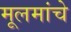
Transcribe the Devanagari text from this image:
मूलमांचे